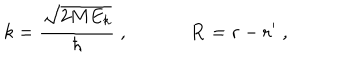
LaTeX: k = \frac { \sqrt { 2 M E _ { k } } } { \hbar } \; , { \bf R } = { \bf r } - { \bf r } ^ { \prime } \; ,